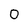
Character: 0